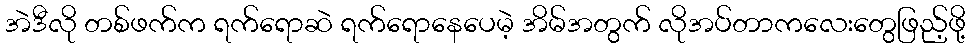
အဲဒီလို တစ်ဖက်က ရက်ရောဆဲ ရက်ရောနေပေမဲ့ အိမ်အတွက် လိုအပ်တာကလေးတွေဖြည့်ဖို့